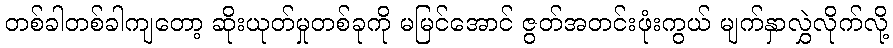
တစ်ခါတစ်ခါကျတော့ ဆိုးယုတ်မှုတစ်ခုကို မမြင်အောင် ဇွတ်အတင်းဖုံးကွယ် မျက်နှာလွှဲလိုက်လို့